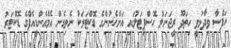
ހަފްސާ ވިދާޅުވީ ހިތަދޫ ރީޖަނަލް ހޮސްޕިޓަލުގައި އަންހެނުންގެ ޑޮކްޓަރަކު ނެތިގެން އެމްއެންޑީއެފްގެ ޑޮކްޓަރު